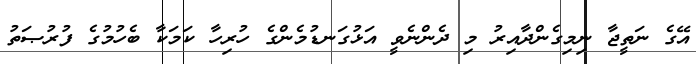
އޭގެ ނަތީޖާ ނިމިގެންދާއިރު މި ދެންނެވީ އަޅުގަނޑުމެންގެ ހުރިހާ ކަމަކާ ބެހުމުގެ ފުރުޞަތު